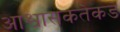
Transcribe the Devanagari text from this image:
आश्वासकतेकडे